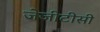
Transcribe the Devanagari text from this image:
जेजीटीसी